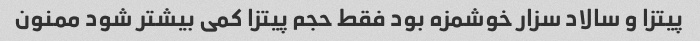
پیتزا و سالاد سزار خوشمزه بود فقط حجم پیتزا کمی بیشتر شود ممنون